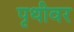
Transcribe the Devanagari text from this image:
पृथीवर